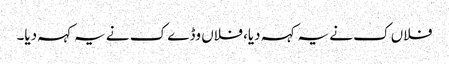
فلاں ک نے یہ کہہ دیا، فلاں وڈے ک نے یہ کہہ دیا۔